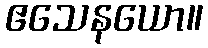
ဧသေနယော။